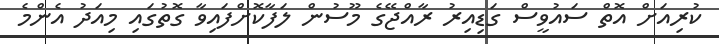
ކުރިއަށް އޮތް ސައުވީސް ގަޑިއިރު ރާއްޖޭގެ މޫސުން ލަފާކޮށްފައިވާ ގޮތުގައި މިއަދު އެންމެ